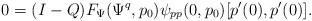
LaTeX: \begin{align*}0 = (I-Q) F_\Psi(\Psi^q,p_0)\psi_{pp}(0,p_0)[p'(0), p'(0)].\end{align*}